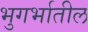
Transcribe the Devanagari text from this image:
भुगर्भातील